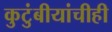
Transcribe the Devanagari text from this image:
कुटुंबीयांचीही